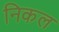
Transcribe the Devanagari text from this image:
निकल